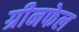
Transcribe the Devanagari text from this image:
ग्रीनफेल